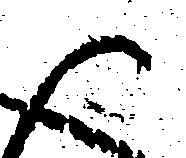
御